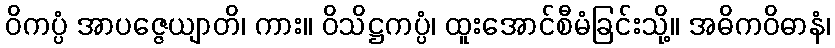
ဝိကပ္ပံ အာပဇ္ဇေယျာတိ၊ ကား။ ဝိသိဋ္ဌကပ္ပံ၊ ထူးအောင်စီမံခြင်းသို့။ အဓိကဝိဓာနံ၊